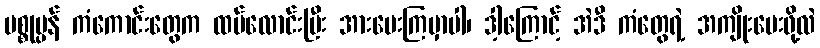
ပစ္စုပ္ပန် ကံကောင်းတွေက ထပ်လောင်းပြီး အားပေးကြမှာပါ၊ ဒါ့ကြောင့် အဲဒီ ကံတွေရဲ့ အကျိုးပေးဖို့လဲ